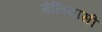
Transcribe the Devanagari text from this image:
गेलियासी